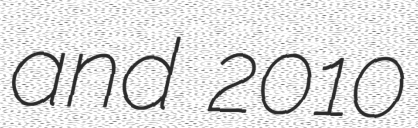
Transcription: and 2010